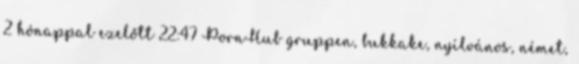
2 hónappal ezelőtt 22:47 PornHub gruppen, bukkake, nyílvános, német,